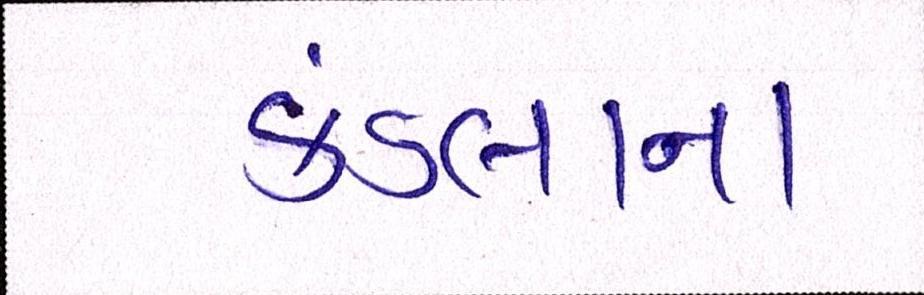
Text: કંડલાના